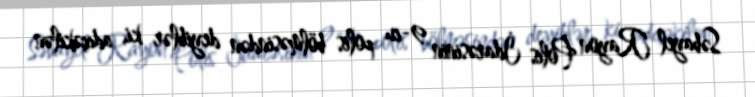
Səbayel Rayon Polis İdarəsinin 9-cu polis bölməsindən deyiblər ki, adıçəkilən